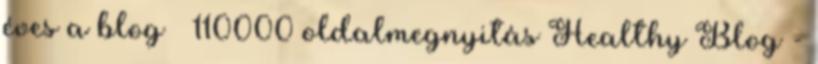
éves a blog 110000 oldalmegnyitás Healthy Blog -